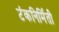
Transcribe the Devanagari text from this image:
टंकनिर्मिती